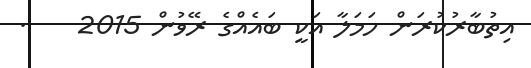
އިތުބާރުކުރަން ހަމަލާ އަކީ ބައެއްގެ ރޭވުން 2015    .